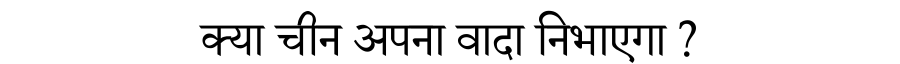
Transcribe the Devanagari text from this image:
क्या चीन अपना वादा निभाएगा ?